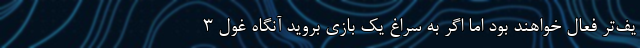
یف‌تر‌ فعال خواهند بود اما اگر به سراغ یک بازی بروید آنگاه غول 3